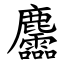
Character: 麢